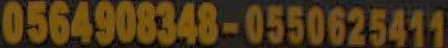
0564908348-0550625411